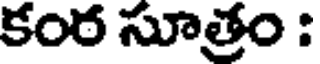
కంఠ సూత్రం :